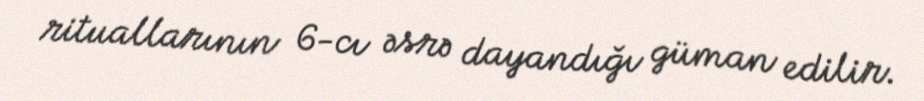
rituallarının 6-cı əsrə dayandığı güman edilir.